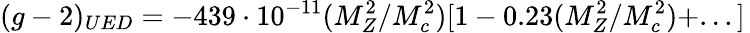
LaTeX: (g-2)_{UED}=-439\cdot 10^{-11}(M_{Z}^{2}/M_{c}^{2})[1-0.23(M_{Z}^{2}/M_{c}^{2})+...]\,